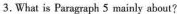
3.What is Paragraph 5 mainly abezt?